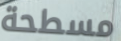
مسطحة